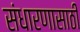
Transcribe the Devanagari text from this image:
संधारणासाठी